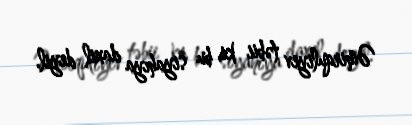
Əmirquliyev təbii ki, bu siyahıya daxil deyil.